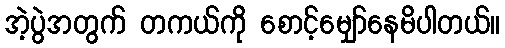
အဲ့ပွဲအတွက် တကယ်ကို စောင့်မျှော်နေမိပါတယ်။